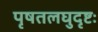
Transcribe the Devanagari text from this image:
पृषतलघुदृष्टः